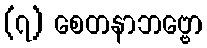
(၇) စေတနာဘဗ္ဗော